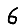
Digit: 6